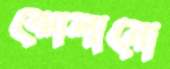
ঝোলানো